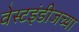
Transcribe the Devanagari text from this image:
वेस्टइंडीजच्या